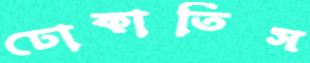
ঢোকাতিস